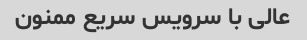
عالی با سرویس سریع ممنون